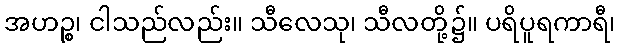
အဟဉ္စ၊ ငါသည်လည်း။ သီလေသု၊ သီလတို့၌။ ပရိပူရကာရီ၊